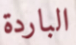
الباردة